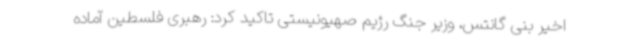
اخیر بنی گانتس، وزیر جنگ رژیم صهیونیستی تاکید کرد: رهبری فلسطین آماده